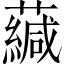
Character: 𧁺